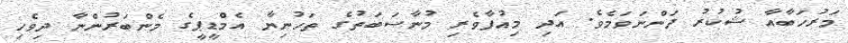
މަރުހަބާއާ ޝުކުރު ދަންނަވަމެވެ. އަދި މިއުފާވެރި މުނާސަބަތުގެ ތަހުނިޔާ އެމްޑީޕީގެ މެންބަރުންނާ ދިވެހި